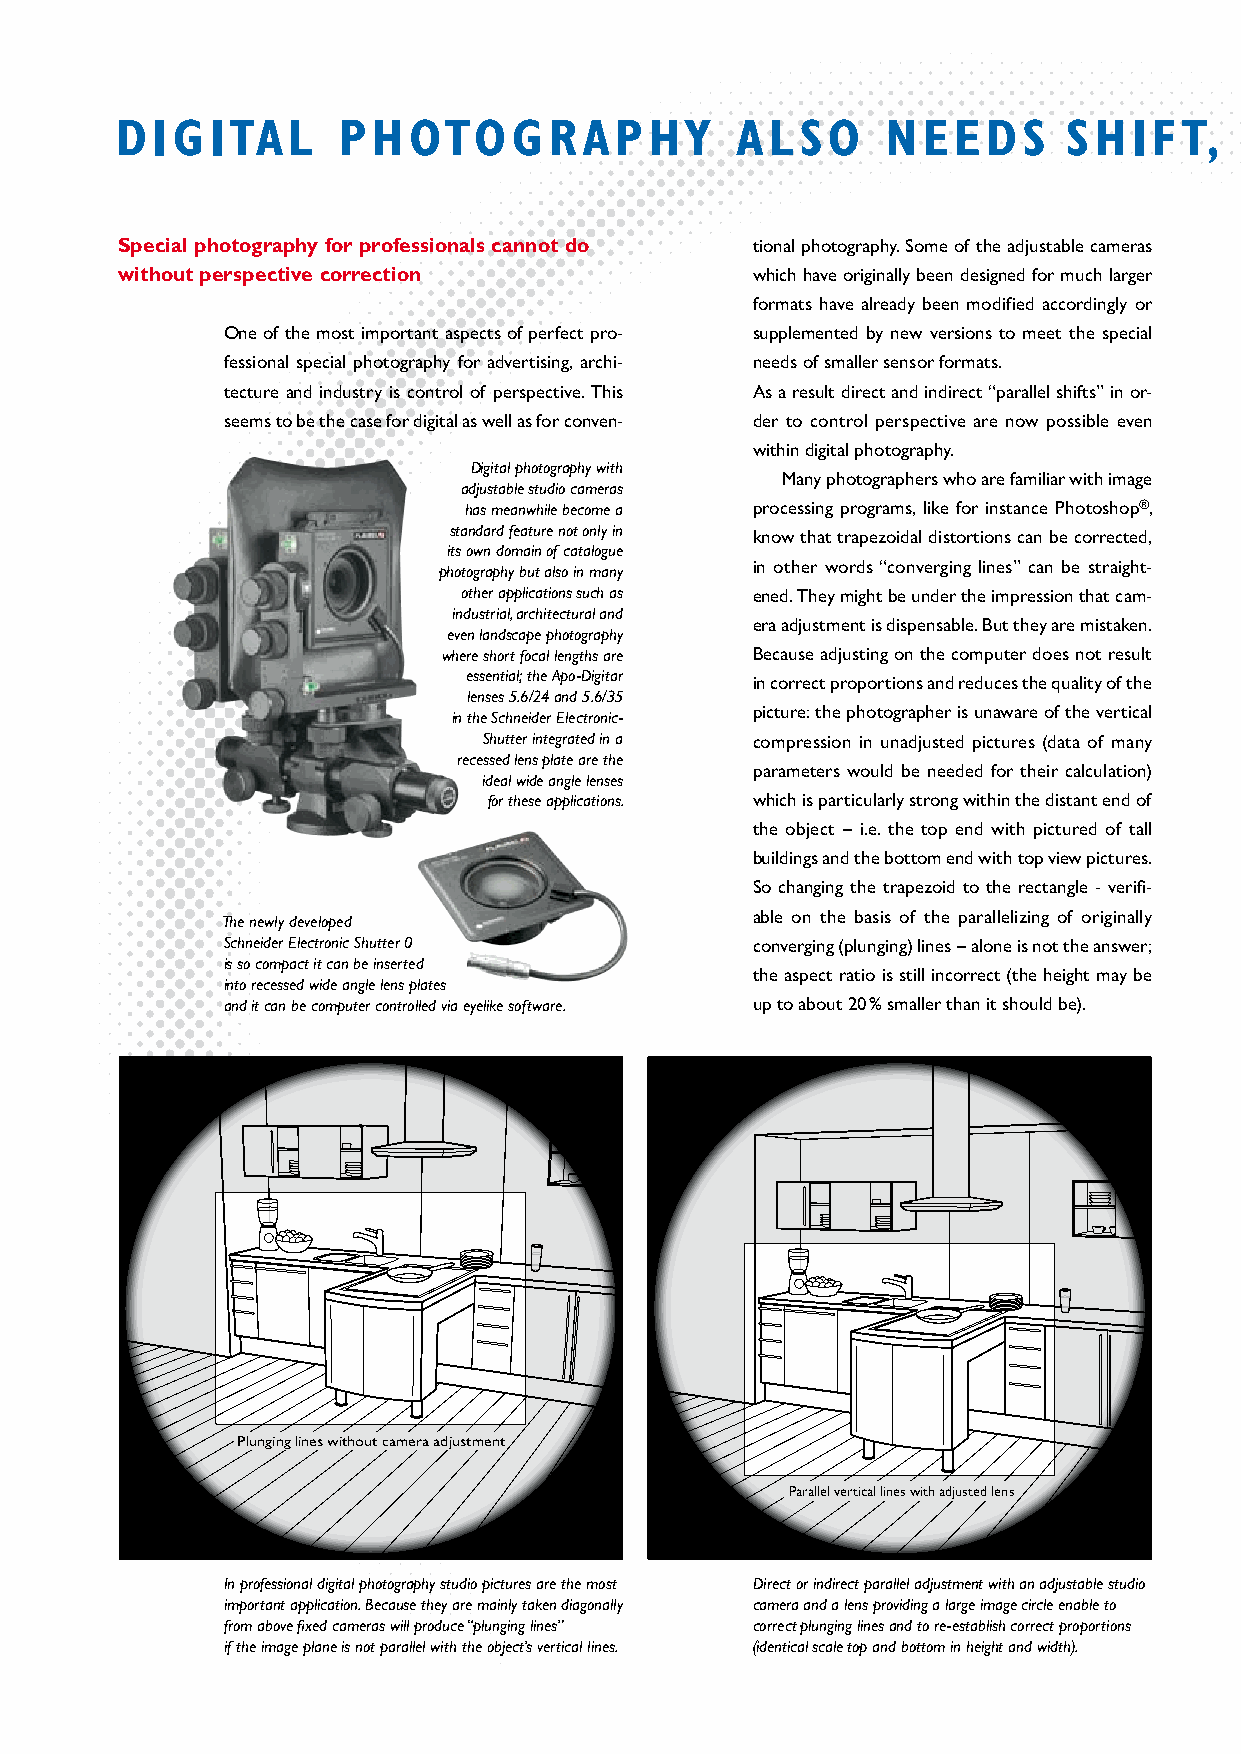
DIGITAL       PHOTOGRAPHY                ALSO      NEEDS       SHIF   T,   T ILT    AND     SWING
 Special photography for professionals cannot do tional photography. Some of the adjustable cameras
 without perspective correction            which have originally been designed for much larger
 formats have already been modified accordingly or
 One of the most important aspects of perfect pro- supplemented by new versions to meet the special
 fessional special photography for advertising, archi- needs of smaller sensor formats.
 tecture and industry is control of perspective. This As a result direct and indirect “parallel shifts” in or-
 seems to be the case for digital as well as for conven- der to control perspective are now possible even
 within digital photography.
 Digital photography with
 Many photographers who are familiar with image
 adjustable studio cameras
 has meanwhile become a processing programs, like for instance Photoshop®,
 standard feature not only in know that trapezoidal distortions can be corrected,
 its own domain of catalogue
 in other words “converging lines” can be straight-
 photography but also in many
 other applications such as ened. They might be under the impression that cam-
 industrial, architectural and
 era adjustment is dispensable. But they are mistaken.
 even landscape photography
 where short focal lengths are Because adjusting on the computer does not result
 essential; the Apo-Digitar in correct proportions and reduces the quality of the
 lenses 5.6/24 and 5.6/35
 picture: the photographer is unaware of the vertical
 in the Schneider Electronic-
 Shutter integrated in a compression in unadjusted pictures (data of many
 recessed lens plate are the
 parameters would be needed for their calculation)
 ideal wide angle lenses
 for these applications. which is particularly strong within the distant end of
 the object – i.e. the top end with pictured of tall
 buildings and the bottom end with top view pictures.
 So changing the trapezoid to the rectangle - verifi-
 The newly developed                able on the basis of the parallelizing of originally
 Schneider Electronic Shutter 0     converging (plunging) lines – alone is not the answer;
 is so compact it can be inserted
 the aspect ratio is still incorrect (the height may be
 into recessed wide angle lens plates
 and it can be computer controlled via eyelike software. up to about 20% smaller than it should be).
 SSPPttlluuüünnrrzzggeeiinnnnggdd eelliinn LLeeiissnn iiwweenniitt hhoooohhuunnttee ccKKaaaammmmeeeerrrraaaa aavvddeejjrruusssstttteemmlllluueennnnggtt
 PPaarraalllleell vveerrttiiccaall lliinneess wwiitthh aaddjjuusstteedd lleennss
 In professional digital photography studio pictures are the most Direct or indirect parallel adjustment with an adjustable studio
 important application. Because they are mainly taken diagonally camera and a lens providing a large image circle enable to
 from above fixed cameras will produce “plunging lines” correct plunging lines and to re-establish correct proportions
 if the image plane is not parallel with the object’s vertical lines. (identical scale top and bottom in height and width).